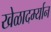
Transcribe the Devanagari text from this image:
खेळादर्म्यान